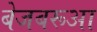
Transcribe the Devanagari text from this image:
बेजबरूआ